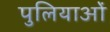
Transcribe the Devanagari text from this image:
पुलियाओं